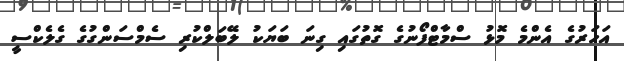
އަހަރުގެ އެންމެ މޮޅު ސްމާޓްފޯނުގެ ގޮތުގައި ގިނަ ބަޔަކު ލޭބަލްކުރި ސެމްސަންގުގެ ގެލެކްސީ